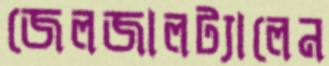
জেলজালট্যালেন